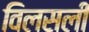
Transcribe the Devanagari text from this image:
विलसली